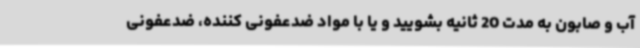
آب و صابون به مدت 20 ثانیه بشویید و یا با مواد ضدعفونی کننده، ضدعفونی